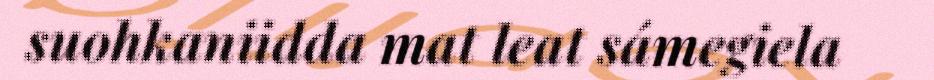
suohkaniidda mat leat sámegiela